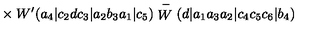
{ } \times W ^ { \prime } ( a _ { 4 } | c _ { 2 } d c _ { 3 } | a _ { 2 } b _ { 3 } a _ { 1 } | c _ { 5 } ) \stackrel { - } { W } ( d | a _ { 1 } a _ { 3 } a _ { 2 } | c _ { 4 } c _ { 5 } c _ { 6 } | b _ { 4 } )